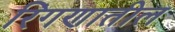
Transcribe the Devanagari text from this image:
रिंगणातील